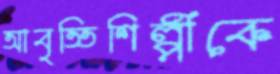
আবৃত্তিশিল্পীকে